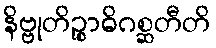
နိဗ္ဗုတိဉ္စာဓိဂစ္ဆတီတိ